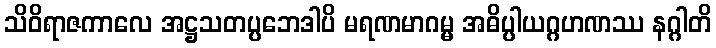
သိဝိရာဇကာလေ အဋ္ဌသတပ္ပဘေဒါပိ မရဏမာဂမ္မ အဓိပ္ပါယဂ္ဂဟဏဿ နဂ္ဂါတိ